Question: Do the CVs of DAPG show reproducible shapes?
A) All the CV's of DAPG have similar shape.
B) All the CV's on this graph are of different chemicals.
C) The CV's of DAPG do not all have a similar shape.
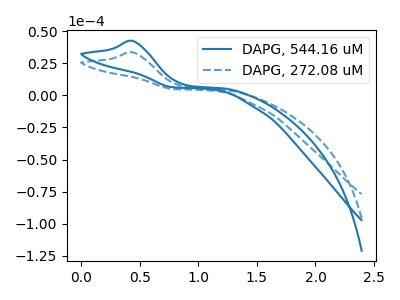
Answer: <think>The blue curve "DAPG, 544.16 uM" has an anodic peak at: (0.45V, 42.40uA). The blue dashed curve "DAPG, 272.08 uM" has an anodic peak at: (0.45V, 33.55uA).
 All the peaks in "DAPG, 544.16 uM" have a peak in "DAPG, 272.08 uM" at the same potential. Every peak in "DAPG, 544.16 uM" is higher than every peak in "DAPG, 272.08 uM".</think>
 <answer>A) All the CV's of "DAPG" have similar shape.</answer>
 <eval>A</eval>